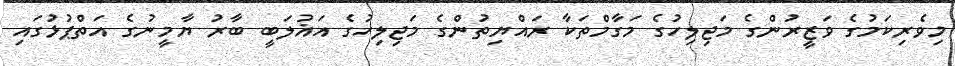
މިވެރިކަމުގެ ވަޒީރުންގެ މަޖިލިހުގެ މަގާމްތަކާ ރައްޔިތުންގެ މަޖިލިހުގެ އަޣުލަބީ ބާރު ޔާމީނުގެ އަތްޕުޅުގައި